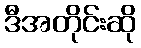
ဒီအတိုင်းဆို